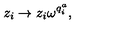
z _ { i } \rightarrow z _ { i } \omega ^ { q _ { i } ^ { a } } ,